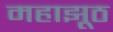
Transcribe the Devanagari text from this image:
महाझूठ